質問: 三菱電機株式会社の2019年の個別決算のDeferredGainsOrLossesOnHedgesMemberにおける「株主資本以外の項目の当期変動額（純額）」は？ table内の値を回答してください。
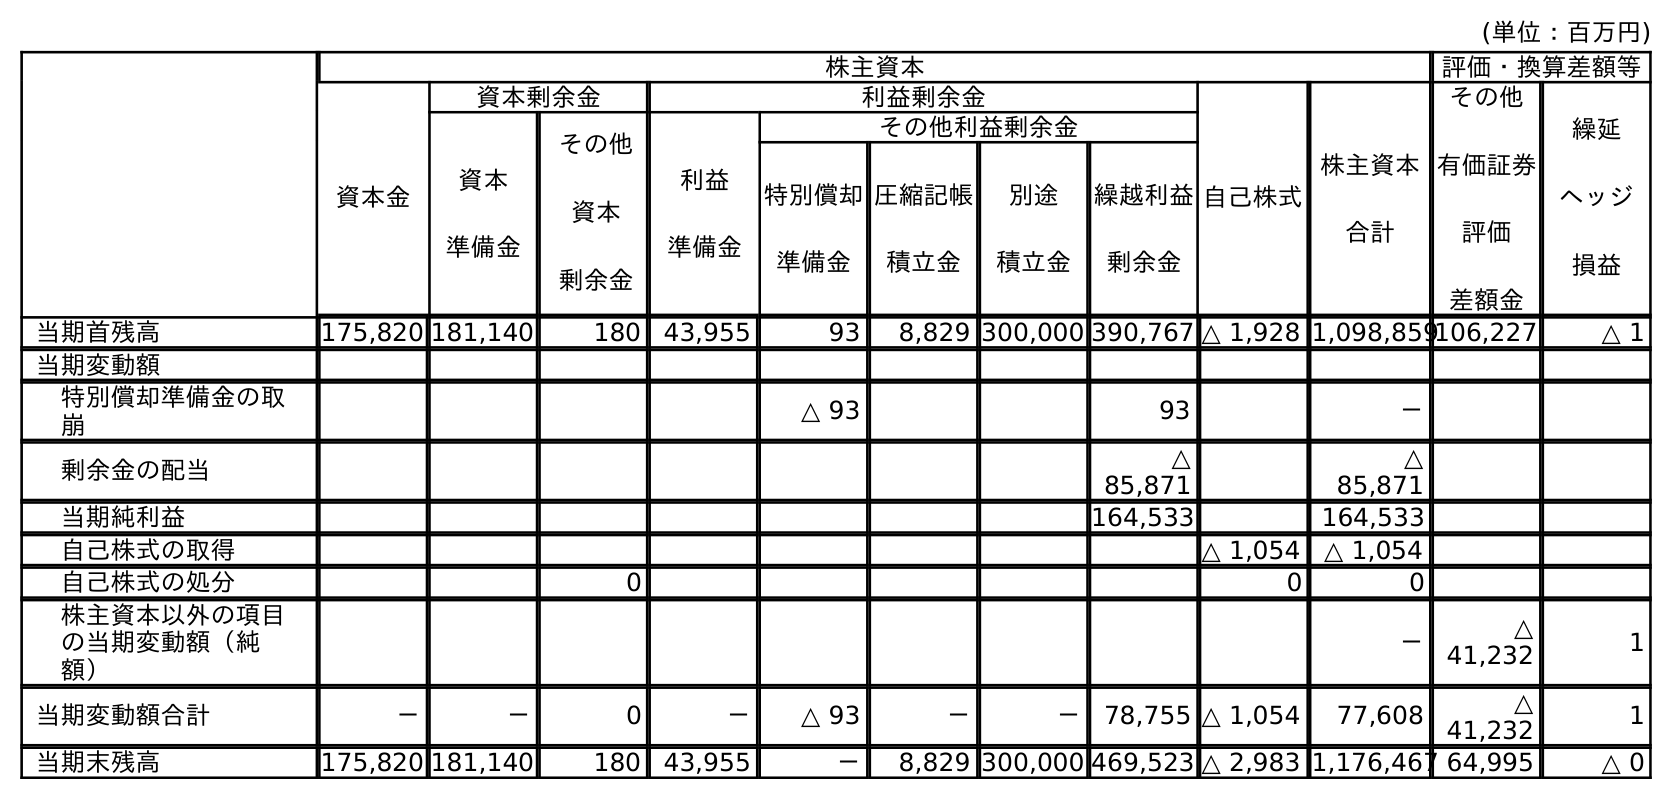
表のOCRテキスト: (単位：百万円) 株主資本 評価・換算差額等 資本金 資本剰余金 利益剰余金 自己株式 株主資本 合計 その他 有価証券 評価 差額金 繰延 ヘッジ 損益 資本 準備金 その他 資本 剰余金 利益 準備金 その他利益剰余金 特別償却 準備金 圧縮記帳 積立金 別途 積立金 繰越利益 剰余金 当期首残高 175,820 181,140 180 43,955 93 8,829 300,000 390,767 △ 1,928 1,098,859106,227 △ 1 当期変動額 特別償却準備金の取 崩 △ 93 93 － 剰余金の配当 △ 85,871 △ 85,871 当期純利益 164,533 164,533 自己株式の取得 △ 1,054 △ 1,054 自己株式の処分 0 0 0 株主資本以外の項目 の当期変動額（純 額） － △ 41,232 1 当期変動額合計 － － 0 － △ 93 － － 78,755 △ 1,054 77,608 △ 41,232 1 当期末残高 175,820 181,140 180 43,955 － 8,829 300,000 469,523 △ 2,983 1,176,467 64,995 △ 0
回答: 1